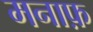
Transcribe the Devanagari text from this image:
मनाफ़